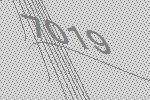
7019